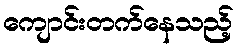
ကျောင်းတက်နေသည့်